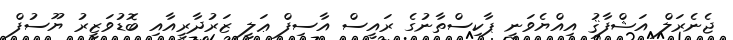
ޖެނެރަލް އަޝްފާޤު އިއްޔެވަނީ ޕާކިސްތާނުގެ ރައީސް އާސިފް ޢަލީ ޒަރުދާރީއާއި ބޮޑުވަޒީރު ޔޫސުފް